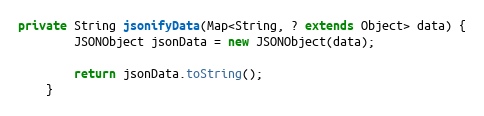
Language: Java
private String jsonifyData(Map<String, ? extends Object> data) {
        JSONObject jsonData = new JSONObject(data);

        return jsonData.toString();
    }